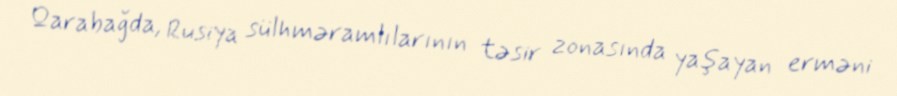
Qarabağda, Rusiya sülhməramlılarının təsir zonasında yaşayan erməni